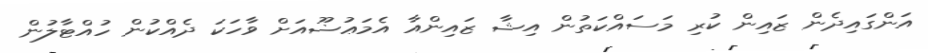
އަންގައިދެން ޒައިން ކުރި މަސައްކަތުން އިޝާ ޒައިންއާ އެމަޢުޟޫއަށް ވާހަކަ ދެއްކުން ހުއްޓާލުން